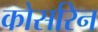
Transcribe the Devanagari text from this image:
कोर्सारेन